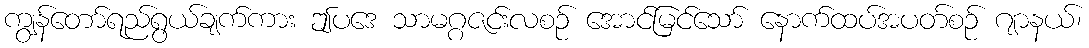
ကျွန်တော်ရည်ရွယ်ချက်ကား ဤပဒေ သာမဂ္ဂဇင်းလစဉ် အောင်မြင်သော် နောက်ထပ်အပတ်စဉ် ဂျာနယ်၊